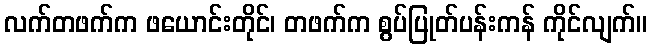
လက်တဖက်က ဖယောင်းတိုင်၊ တဖက်က စွပ်ပြုတ်ပန်းကန် ကိုင်လျက်။